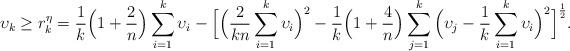
LaTeX: \begin{align*}\upsilon_k\geq r_{k}^{\eta}=\frac{1}{k}\Big(1+\frac{2}{n}\Big)\sum_{i=1}^k\upsilon_i-\Big[\Big(\frac{2}{kn}\sum_{i=1}^k\upsilon_i\Big)^2-\frac{1}{k}\Big(1+\frac{4}{n}\Big)\sum_{j=1}^k\Big(\upsilon_j-\frac{1}{k}\sum_{i=1}^k\upsilon_i\Big)^2\Big]^\frac{1}{2}.\end{align*}